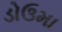
ડોઉમા